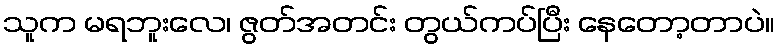
သူက မရဘူးလေ၊ ဇွတ်အတင်း တွယ်ကပ်ပြီး နေတော့တာပဲ။